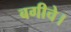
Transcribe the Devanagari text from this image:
बगीचे।